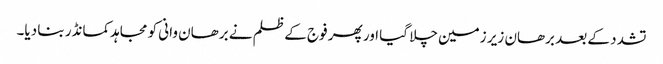
تشدد کے بعد برھان زیر زمین چلا گیا اور پھر فوج کے ظلم نے برھان وانی کو مجاہدکمانڈر بنا دیا۔